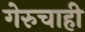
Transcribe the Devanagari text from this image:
गेरुचाही